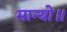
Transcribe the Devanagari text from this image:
मान्यो॥